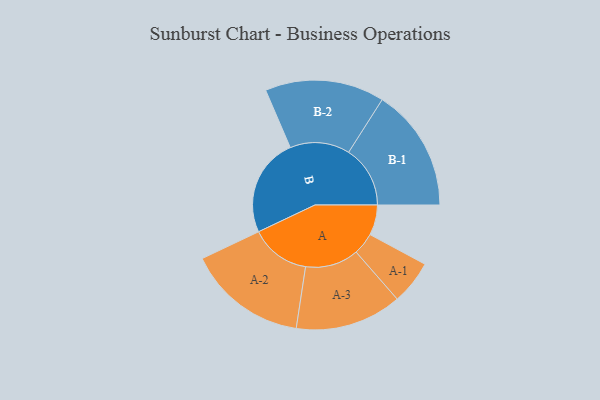
{"axis": {"x": "Segment", "y": "Value"}, "legend": ["", "A", "B"], "data": [{"x": "A", "y": 147, "type": ""}, {"x": "B", "y": 479, "type": ""}, {"x": "A-1", "y": 107, "type": "A"}, {"x": "A-2", "y": 291, "type": "A"}, {"x": "A-3", "y": 259, "type": "A"}, {"x": "B-1", "y": 299, "type": "B"}, {"x": "B-2", "y": 290, "type": "B"}]}